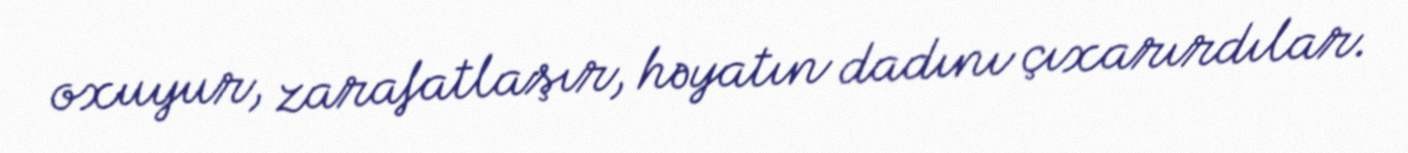
oxuyur, zarafatlaşır, həyatın dadını çıxarırdılar.